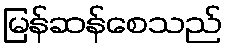
မြန်ဆန်စေသည်